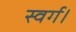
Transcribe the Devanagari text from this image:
स्वर्ग।